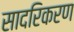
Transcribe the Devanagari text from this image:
सादरिकरण